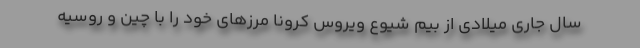
سال جاری میلادی از بیم شیوع ویروس کرونا مرزهای خود را با چین و روسیه